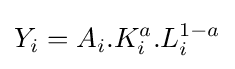
Y_{i}=A_{i}.K_{i}^{a}.L_{i}^{1-a}